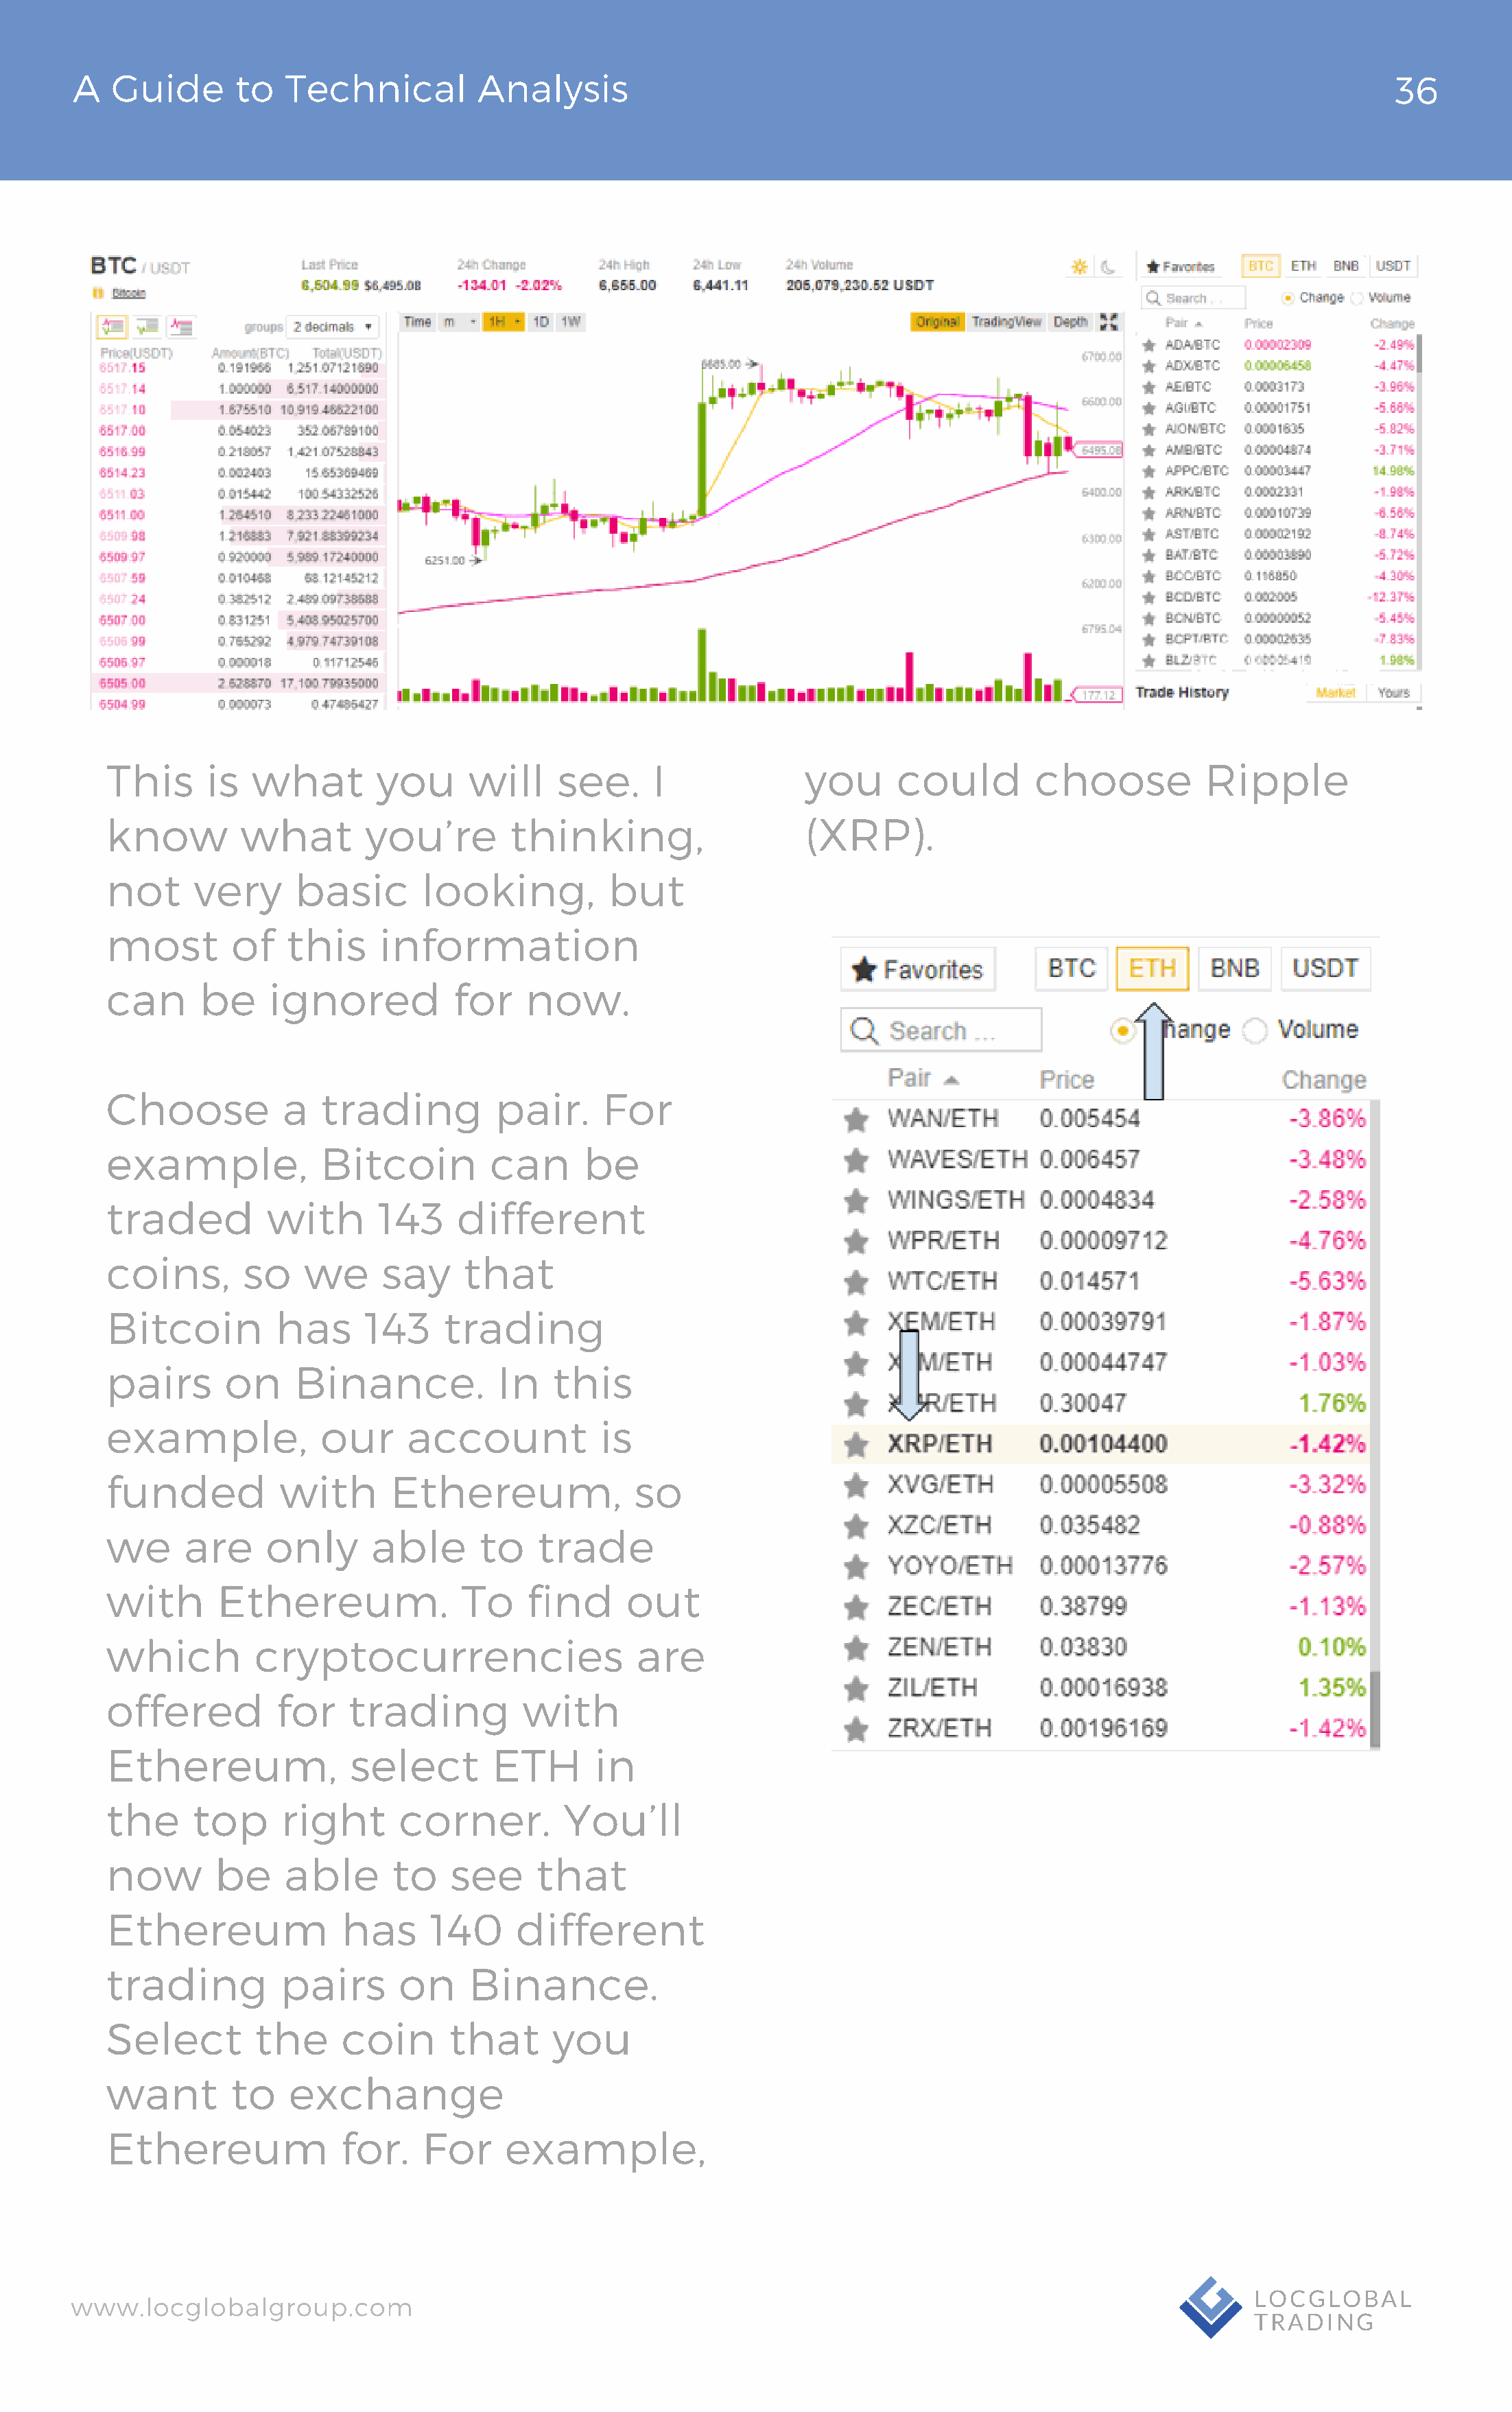
A   Guide       to  Technical          Analysis                                                                                 36
 This      is  what        you      will     see.     I              you      could        choose          Ripple
 know         what        you’re        thinking,                    (XRP).
 not      very     basic        looking,          but
 most        of    this     information
 can      be     ignored           for    now.
 Choose           a   trading          pair.     For
 example,             Bitcoin         can      be
 traded          with      143     different
 coins,       so    we      say     that
 Bitcoin          has     143     trading
 pairs       on    Binance.            In   this
 example,             our     account            is
 funded           with       Ethereum,              so
 we      are     only      able      to    trade
 with       Ethereum.              To     find     out
 which          cryptocurrencies                    are
 offered          for    trading         with
 Ethereum,               select       ETH       in
 the      top     right      corner.         You’ll
 now        be    able       to   see      that
 Ethereum               has     140      different
 trading          pairs      on     Binance.
 Select         the     coin      that      you
 want        to    exchange
 Ethereum               for.    For     example,
 www.locglobalgroup.com                                                                                            LOCGLOBAL
 TRADING